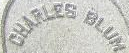
CHARLES BLUM